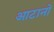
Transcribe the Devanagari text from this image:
आटानो